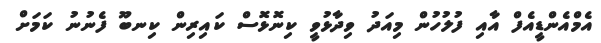
އެމްއެންޑީއެފް އާއި ފުލުހުން މިއަދު ވިދާޅުވީ ކިނޮޅޮސް ކައިރިން ކިނބޫ ފެނުނު ކަމަށް